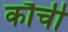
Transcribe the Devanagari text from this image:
कौची